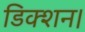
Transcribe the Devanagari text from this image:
डिक्शन।